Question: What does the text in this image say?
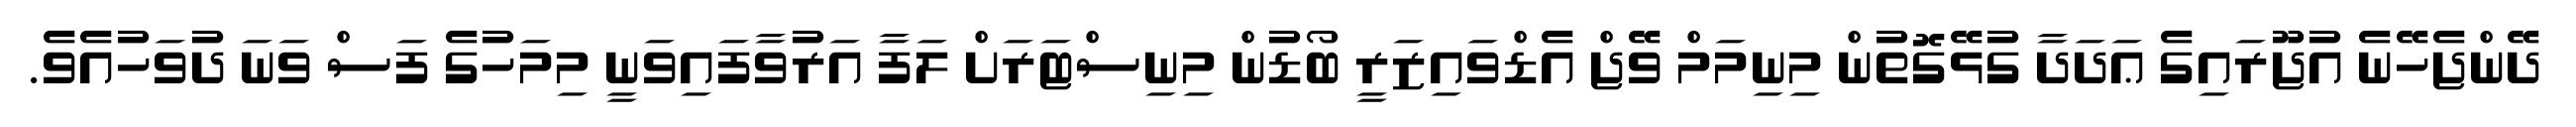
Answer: ދޭންޖެހޭނެ އުޖޫރައިގެ ޢަދަދާ ގުޅޭގޮތުން މިނިމަމް ވޭޖް އެޑްވައިޒަރީ ބޯޑުން މިނިސްޓަރަށް ލަފާ އަރުވާފައިވަނީ މިމަހުގެ ފަސް ވަނަ ދުވަހުއެވެ.